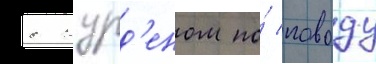
с журд'еном по́ поводу